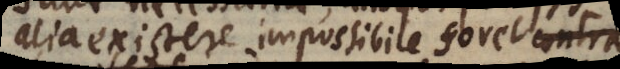
alia existere impossibile foret, adeoqu